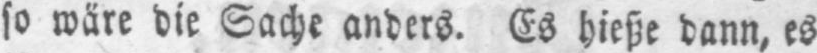
so wäre die Sache anders. Es hieße dann, es